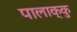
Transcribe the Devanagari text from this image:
पालाक्कु